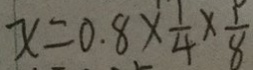
x = 0 . 8 \times \frac { 1 } { 4 } \times \frac { 1 } { 8 }